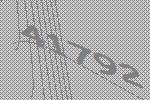
41792